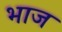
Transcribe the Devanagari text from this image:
भाज